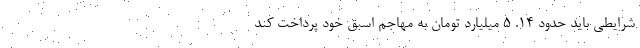
شرایطی باید حدود 14. 5 میلیارد تومان به مهاجم اسبق خود پرداخت کند